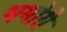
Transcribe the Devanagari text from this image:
भमोरी